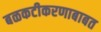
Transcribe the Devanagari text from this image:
बळकटीकरणाबाबत